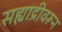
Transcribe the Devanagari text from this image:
सह्याद्रीवरून